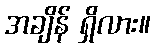
အချိန် ရှိလား။